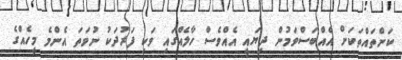
ކަންތައްތަކަށް އެއްބަސްވަމުން ދިޔައީ އެއްވެސް ހާލެއްގައި ވަކި ފަރުދަކު ނުވަތަ އެންމެ މީހެއްގެ